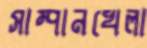
সাম্পানখেলা